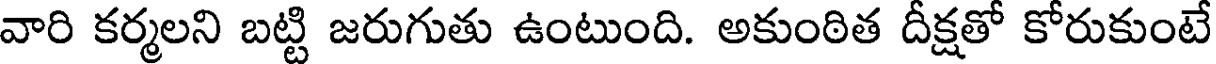
వారి కర్మలని బట్టి జరుగుతు ఉంటుంది. అకుంఠిత దీక్షతో కోరుకుంటే